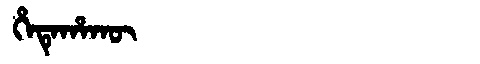
Manchu: ᡥᡝᡨᡝᡥᠠᡴᡡ
Romanization: HETEHAKŪ